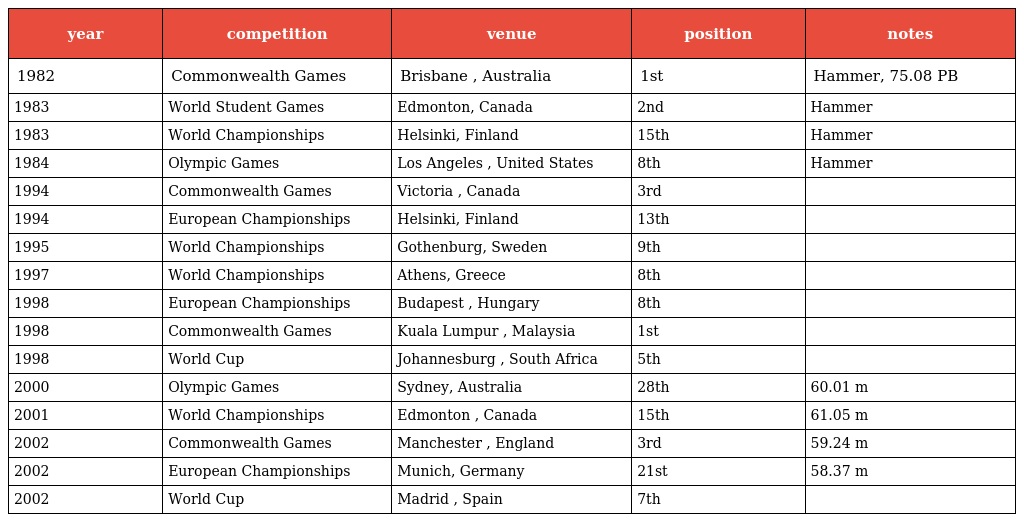
| year | competition | venue | position | notes |
 | --- | --- | --- | --- | --- |
 | 1982 | Commonwealth Games | Brisbane , Australia | 1st | Hammer, 75.08 PB |
 | 1983 | World Student Games | Edmonton, Canada | 2nd | Hammer |
 | 1983 | World Championships | Helsinki, Finland | 15th | Hammer |
 | 1984 | Olympic Games | Los Angeles , United States | 8th | Hammer |
 | 1994 | Commonwealth Games | Victoria , Canada | 3rd |  |
 | 1994 | European Championships | Helsinki, Finland | 13th |  |
 | 1995 | World Championships | Gothenburg, Sweden | 9th |  |
 | 1997 | World Championships | Athens, Greece | 8th |  |
 | 1998 | European Championships | Budapest , Hungary | 8th |  |
 | 1998 | Commonwealth Games | Kuala Lumpur , Malaysia | 1st |  |
 | 1998 | World Cup | Johannesburg , South Africa | 5th |  |
 | 2000 | Olympic Games | Sydney, Australia | 28th | 60.01 m |
 | 2001 | World Championships | Edmonton , Canada | 15th | 61.05 m |
 | 2002 | Commonwealth Games | Manchester , England | 3rd | 59.24 m |
 | 2002 | European Championships | Munich, Germany | 21st | 58.37 m |
 | 2002 | World Cup | Madrid , Spain | 7th |  |